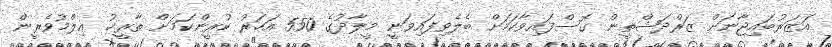
އަޒަރުބައިޖާނަށް ޒަރްދަޝްތީން ގޮސްފައިވާކަމަށް ބެލެވިފައިވަނީ މީލާދުގެ 550 އަހަރު ކުރީންކަމަށް ތާރީޚު ޢިލްމުވެރީން